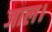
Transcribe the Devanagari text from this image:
जाल।